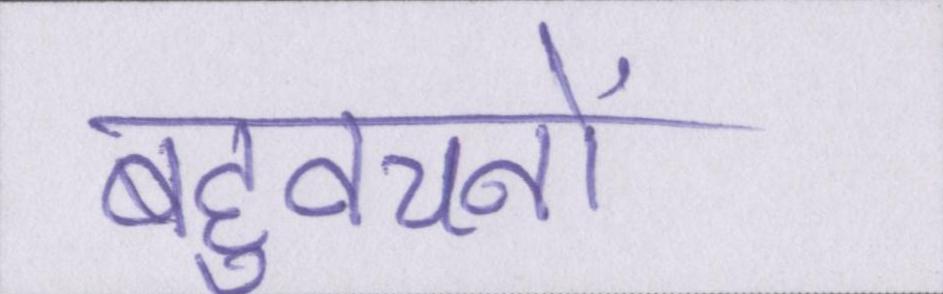
बहुवचनों